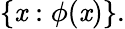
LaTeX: \{ \mathit{x}:\phi(\mathit{x})\} .